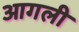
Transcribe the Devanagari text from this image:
आगली